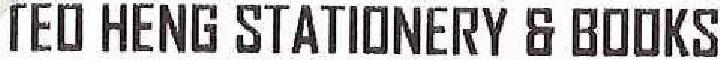
TEO HENG STATIONERY & BOOKS